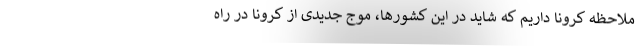
ملاحظه کرونا داریم که شاید در این کشورها، موج جدیدی از کرونا در راه